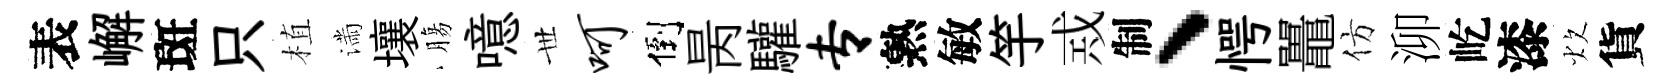
表嶰斑只植滿壤膓噫𠀍呵倒昺驩专熟敏竽𢦶制、愕鼉仿泖屹漆炊貨